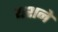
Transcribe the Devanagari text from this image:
यशने